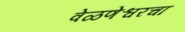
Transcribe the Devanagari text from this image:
वेळणेश्वरचा